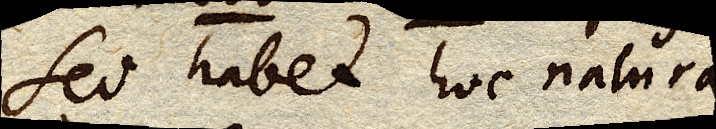
Sed habet hoc natura